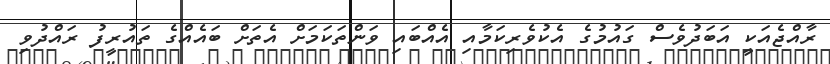
ރާއްޖެއަކީ އަބަދުވެސް ގައުމުގެ އެކުވެރިކަމާއި އެއްބައި ވަންތަކަމަށް އެތަށް ބައެއްގެ ތައުރީފު ރައްދުވި